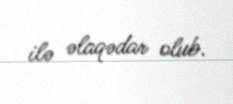
ilə əlaqədar olub.